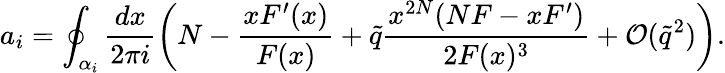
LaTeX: a_{i}=\oint_{\alpha_{i}}\frac{dx}{2\pi i}\left(N-\frac{xF^{\prime}(x)}{F(x)}+\tilde{q}\frac{x^{2N}(NF-xF^{\prime})}{2F(x)^{3}}+\mathcal{O}(\tilde{q}^{2})\right).